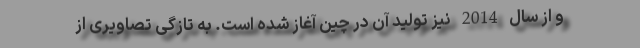
و از سال 2014 نیز تولید آن در چین آغاز شده است. به تازگی تصاویری از